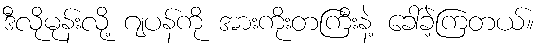
ဒီလိုမုန်းလို့ ဂျပန်ကို အားကိုးတကြီးနဲ့ ခေါ်ခဲ့ကြတယ်။